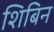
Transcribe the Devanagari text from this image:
शिबिन